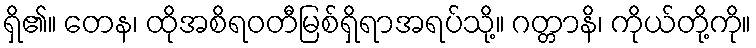
ရှိ၏။ တေန၊ ထိုအစိရဝတီမြစ်ရှိရာအရပ်သို့။ ဂတ္တာနိ၊ ကိုယ်တို့ကို။